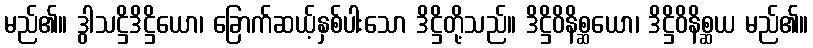
မည်၏။ ဒွါသဋ္ဌိဒိဋ္ဌိယော၊ ခြောက်ဆယ့်နှစ်ပါးသော ဒိဋ္ဌိတို့သည်။ ဒိဋ္ဌိဝိနိစ္ဆယော၊ ဒိဋ္ဌိဝိနိစ္ဆယ မည်၏။